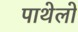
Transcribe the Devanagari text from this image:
पाथेलो